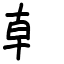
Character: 龺